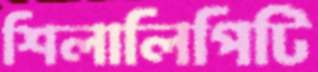
শিলালিপিটি